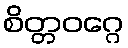
စိတ္တဝဂ္ဂေ